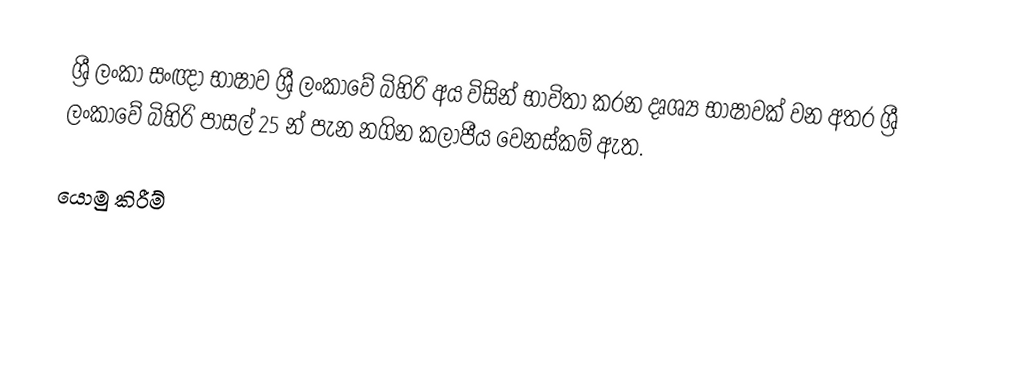
ශ්‍රී ලංකා සංඥා භාෂාව ශ්‍රී ලංකාවේ බිහිරි අය විසින් භාවිතා කරන දෘශ්‍ය භාෂාවක් වන අතර ශ්‍රී ලංකාවේ බිහිරි පාසල් 25 න් පැන නගින කලාපීය වෙනස්කම් ඇත.

යොමු කිරීම්